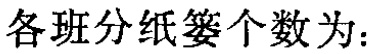
各班分纸篓个数为：